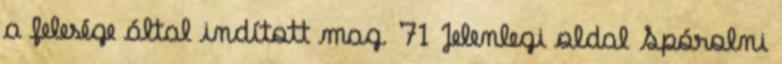
a felesége által indított mag. 71 Jelenlegi oldal Spórolni